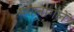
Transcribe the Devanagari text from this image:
मगलागलें